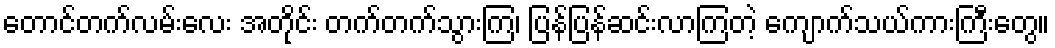
တောင်တက်လမ်းလေး အတိုင်း တက်တက်သွားကြ၊ ပြန်ပြန်ဆင်းလာကြတဲ့ ကျောက်သယ်ကားကြီးတွေ။